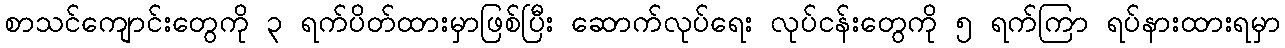
စာသင်ကျောင်းတွေကို ၃ ရက်ပိတ်ထားမှာဖြစ်ပြီး ဆောက်လုပ်ရေး လုပ်ငန်းတွေကို ၅ ရက်ကြာ ရပ်နားထားရမှာ